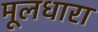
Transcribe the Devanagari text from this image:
मूलधारा